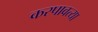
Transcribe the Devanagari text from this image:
करपावत्या